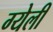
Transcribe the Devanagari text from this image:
ग्येली